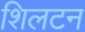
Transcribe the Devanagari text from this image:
शिलटन